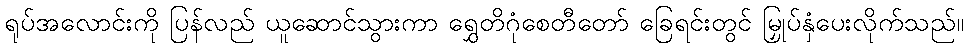
ရုပ်အလောင်းကို ပြန်လည် ယူဆောင်သွားကာ ရွှေတိဂုံစေတီတော် ခြေရင်းတွင် မြှုပ်နှံပေးလိုက်သည်။